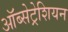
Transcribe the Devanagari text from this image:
ऑब्सेट्रेशियन